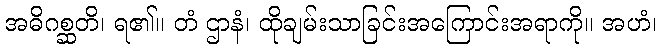
အဓိဂစ္ဆတိ၊ ရ၏။ တံ ဌာနံ၊ ထိုချမ်းသာခြင်းအကြောင်းအရာကို။ အဟံ၊